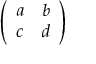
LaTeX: \left( \begin{array} { l l } { a } & { b } \\ { c } & { d } \end{array} \right)